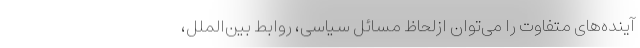
آینده‌های متفاوت را می‌توان ازلحاظ مسائل سیاسی، روابط بین‌الملل،